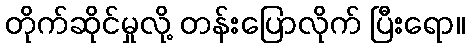
တိုက်ဆိုင်မှုလို့ တန်းပြောလိုက် ပြီးရော။